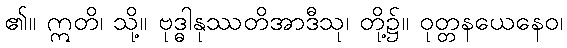
၏။ ဣတိ၊ သို့။ ဗုဒ္ဓါနုဿတိအာဒီသု၊ တို့၌။ ဝုတ္တနယေနေဝ၊